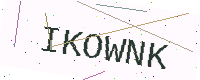
Text: IKOWNK